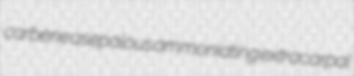
carbene asepalous ammoniating extracarpal